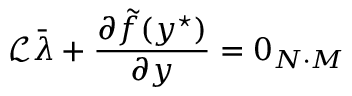
\mathcal { L } \bar { \lambda } + \frac { \partial \tilde { f } ( y ^ { \star } ) } { \partial y } = 0 _ { N \cdot M }